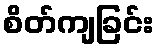
စိတ်ကျခြင်း